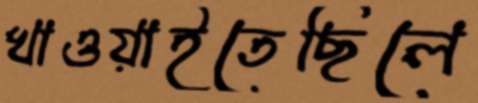
খাওয়াইতেছিলে